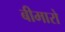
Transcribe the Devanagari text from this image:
बीमारो